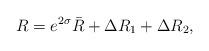
LaTeX: \begin{align*}R = e^{2 \sigma} \bar{R} + \Delta R_1 + \Delta R_2,\end{align*}